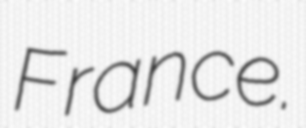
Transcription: France.